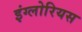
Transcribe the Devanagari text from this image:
इंग्लोरियस